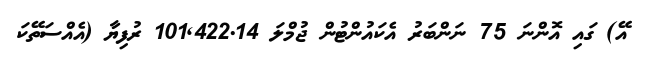
އޭ) ގައި އޮންނަ 75 ނަންބަރު އެކައުންޓުން ޖުމްލަ 101